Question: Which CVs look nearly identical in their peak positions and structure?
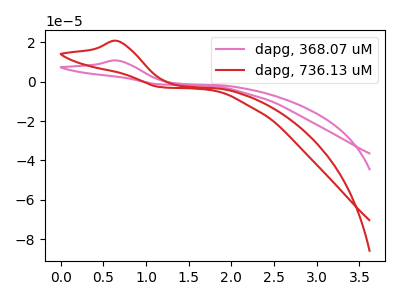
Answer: <think>The pink curve "dapg, 368.07 uM" has an anodic peak at: (0.65V, 10.65uA). The red curve "dapg, 736.13 uM" has an anodic peak at: (0.65V, 20.60uA).
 All the peaks in "dapg, 368.07 uM" have a peak in "dapg, 736.13 uM" at the same potential. Every peak in "dapg, 368.07 uM" is lower than every peak in "dapg, 736.13 uM".</think>
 <answer>"dapg, 736.13 uM" and "dapg, 368.07 uM" have the same shape and are likely CV's of the same chemical.</answer>
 <eval>"dapg, 736.13 uM" "dapg, 368.07 uM"</eval>